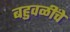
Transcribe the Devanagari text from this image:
बहुवळींचे